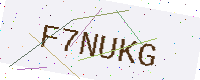
Text: F7NUKG